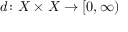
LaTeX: d \colon X \times X \to [ 0 , \infty )